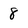
Character: 8